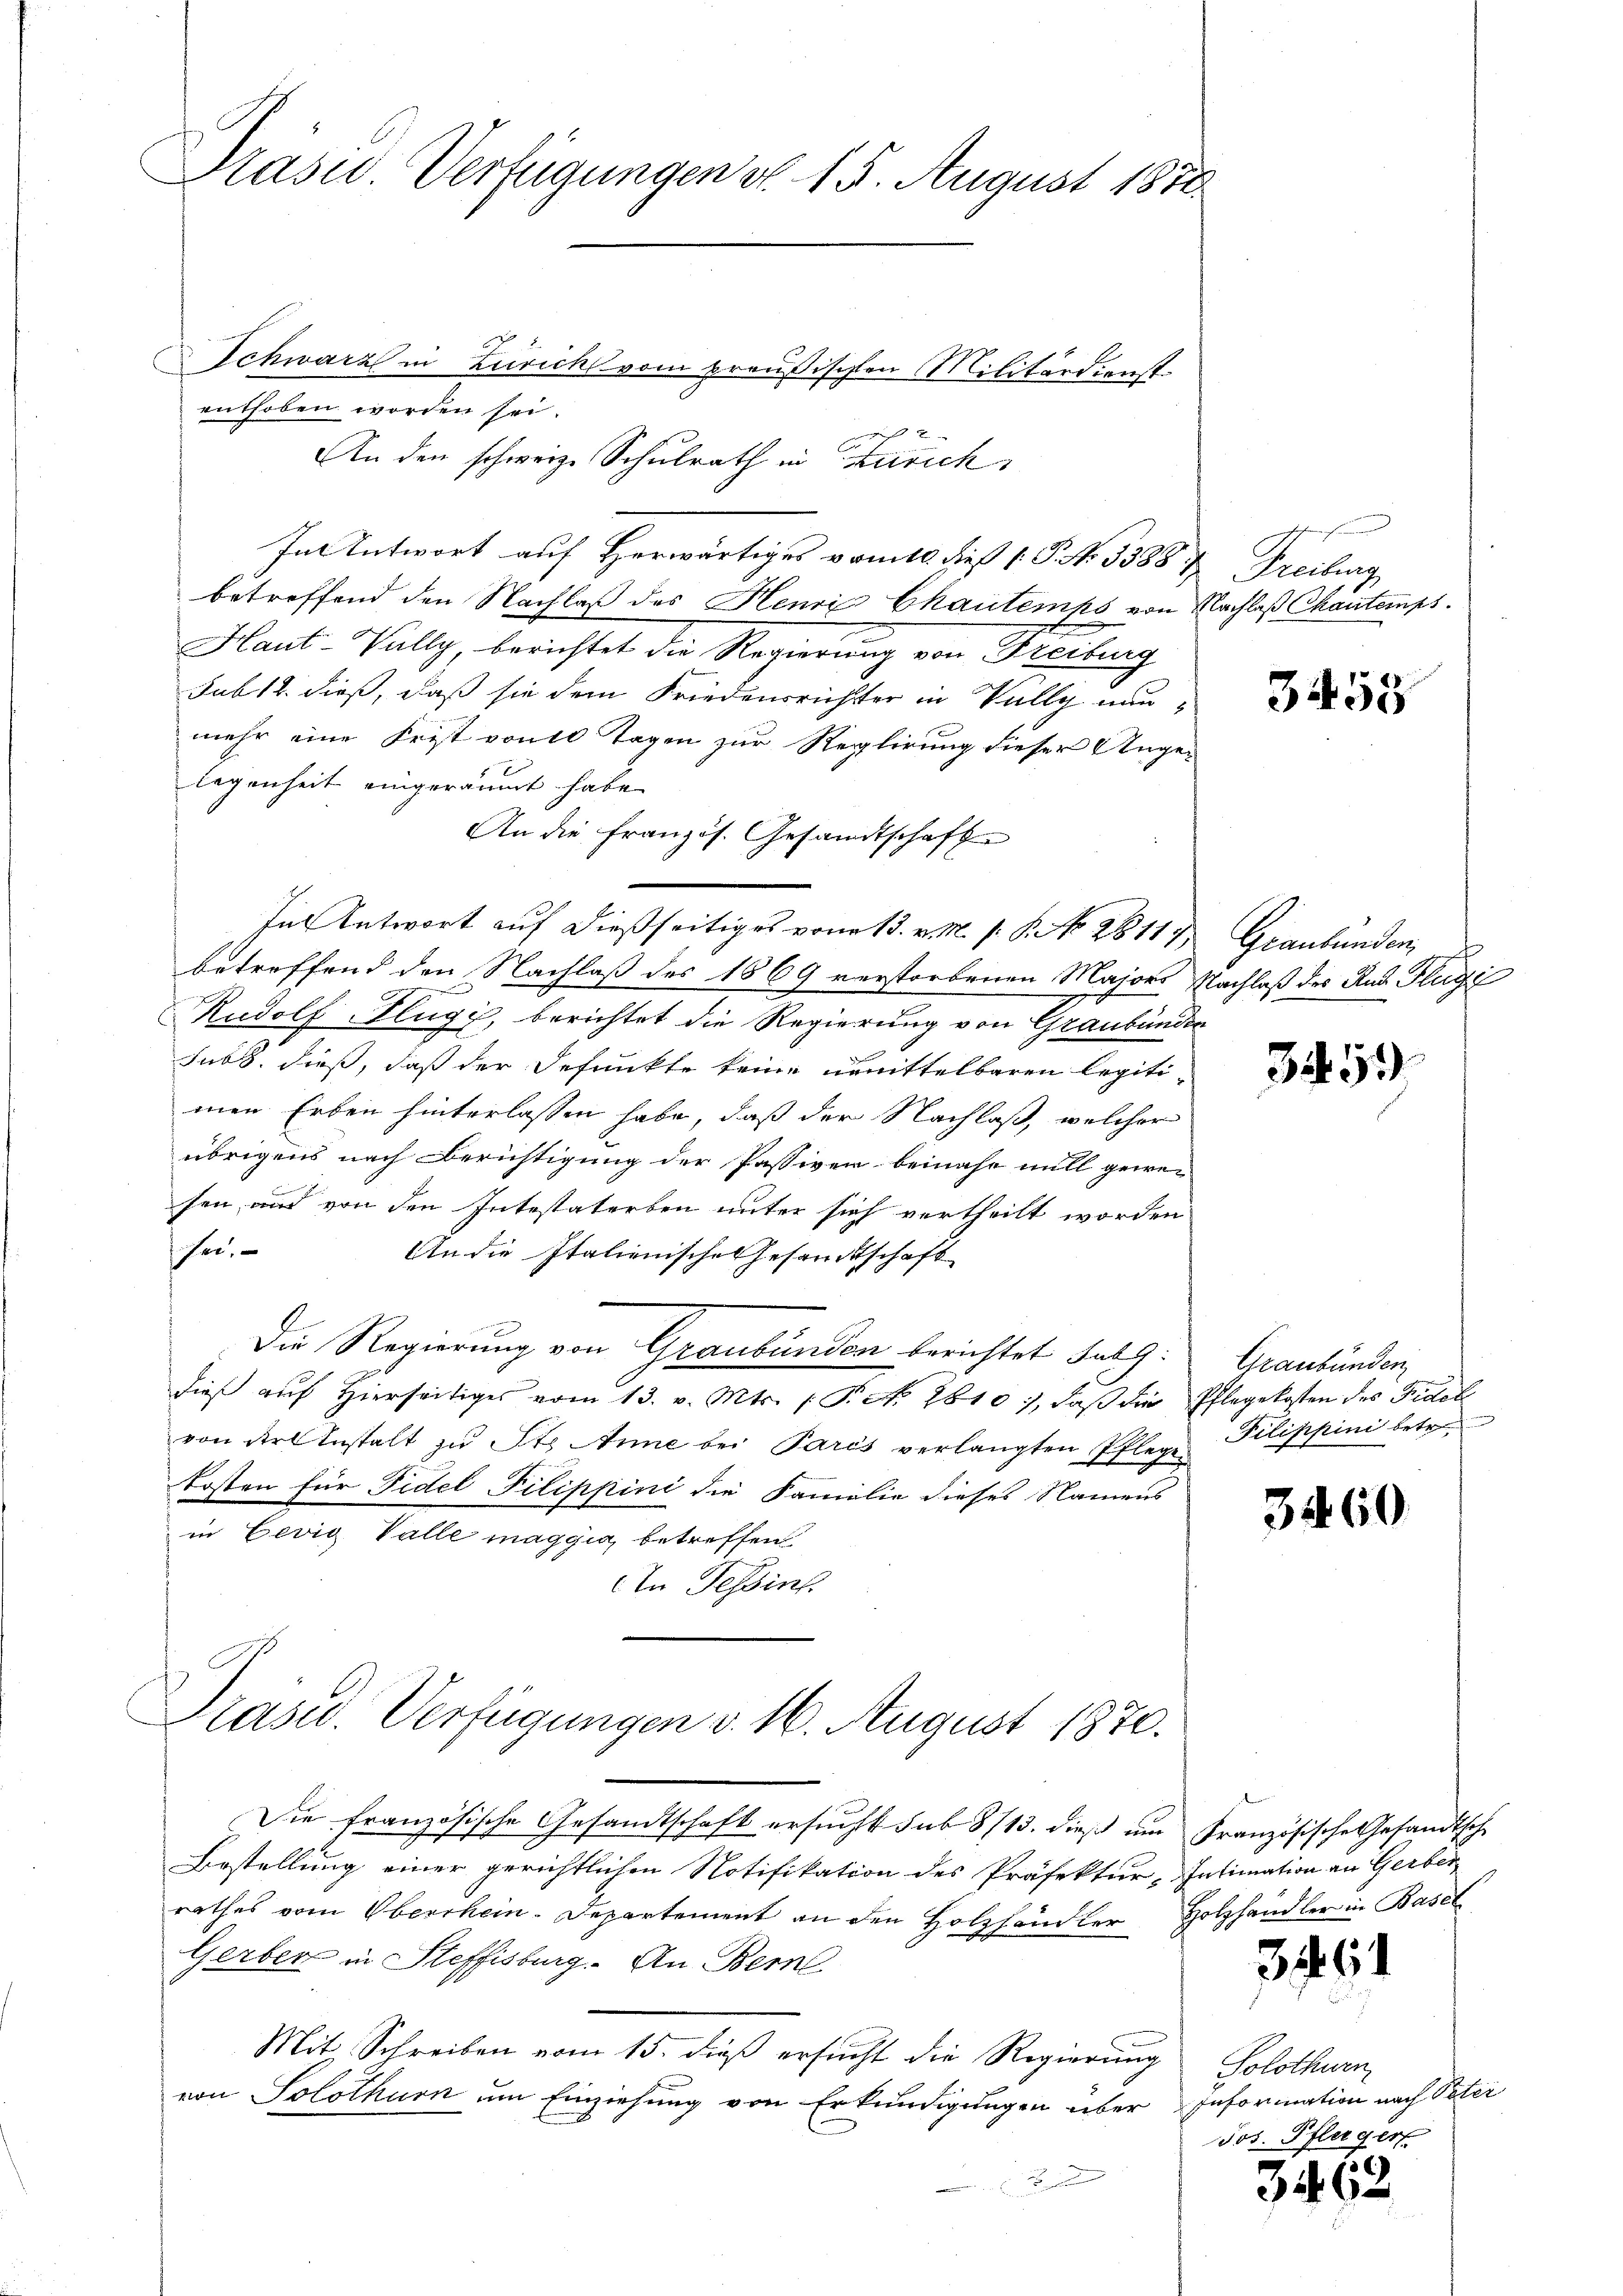
Präsid.. Verfügungen d. 15. August 1870.

Schwarz in Zürich vom preußischen Militärdienst
enthoben worden sei.
An den schweiz. Schulrath in Zürich
In Antwort auf Herwärtiges vom 10. dieß P. No. 5388 & Freiburg
betreffend den Nachlaß des Henri Chautenks von Nachlaß Chantemps.
Haut- Wally, berichtet die Regierung von Freitung
sub 12. dieß, daß sie dem Friedensrichter in Vally nunmehr eine Frist vom 10 Tagen zur Reglirung dieser Ange-
legenheit eingeräumt habe.
An die französ. Gesandtschaft
In Antwort auf dießseitiges vom 13. v. M. s. S. No. 2811. Graubünden,
betreffend den Nachlaß des 1869 verstorbenen Majors Nachlaß des Rud. Flugze
Rudolf Flüge, berichtet die Regierung von Graubünden
sub. dieß, daß der defunkte keine unmittelbaren Legiti-
men Erben hinterlassen habe, daß der Nachlaß, welcher
übrigens nach Berichtigung der Passiven beinahe mill gewesen, aus von den Intestaterben unter sich vertheilt worden.
ser.
An die Italienische Gesandtschaft
Die Regierung von Graubünden berichtet sub 9:
dieß auf Hierseitiges vom 13. v. Mts. (T. S. 2610, daß die Pflegekosten des Fidel
von der Anstalt zu St. Anne bei Paris verlangten Pflege Pilippini betr
Kosten für Fidel Filippini die Familie dieses Namens
in Eevig Valle maggia, betreffen
In Tessin.
Präsid. Verfügungen d. 16. August 1870.
Die Franzo
ische Gesandtschaft ersucht sub 8713. dieß um Französische Gesandtsche
2
Bestellung einer gerichtlichen Notifikation des Präfektur-Intimation an Gerber
rathes vom Oberrhein-Departement an den Holzhändler Holzhändler in Basel
Gerber in Steffisburg. An Bern
Mit Schreiben vom 15. dieß ersucht die Regierung Solothurn
von Solothurn um Einziehung von Erkundigungen über Information nach Peter

Sch

3458

3459

Graubünden

3460

3461

Jos. Pfleger

3462